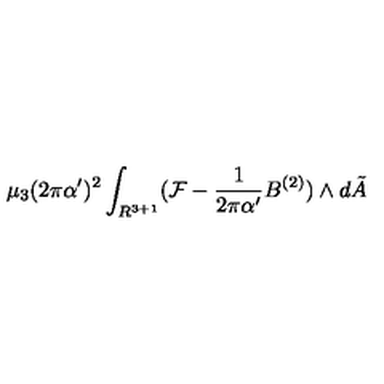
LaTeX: \mu _ { 3 } ( 2 \pi \alpha ^ { \prime } ) ^ { 2 } \int _ { R ^ { 3 + 1 } } ( { \cal F } - \frac { 1 } { 2 \pi \alpha ^ { \prime } } B ^ { ( 2 ) } ) \wedge d { \tilde { A } }